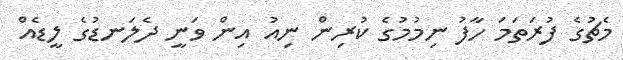
މެޗުގެ ފުރަތަމަ ހާފު ނިމުމުގެ ކުރިން ނިއު އިން ވަނީ ދެލަނޑުގެ ލީޑެއް